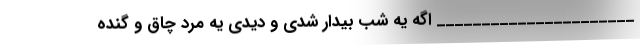
______________________ اگه یه شب بیدار شدی و دیدی یه مرد چاق و گنده